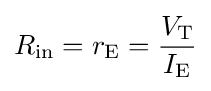
R_{\text{in}}=r_{\text{E}}={\frac {V_{\text{T}}}{I_{\text{E}}}}